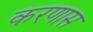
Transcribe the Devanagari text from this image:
करणास